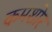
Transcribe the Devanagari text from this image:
कमशोर